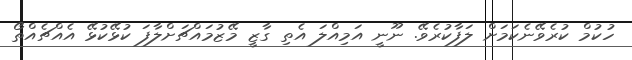
ހުކުމް ކުރެވޭނެކަމަށް ލަފާކުރެވޭ. ނޫނީ އަމިއްލަ އެތި ގާޒީ މޭޒުމައްޗަށްލާފަ ކުޅޭކުޅޭ އެއްޗެއްތޯ